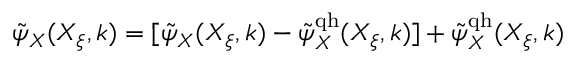
\tilde { \psi } _ { X } ( X _ { \xi } , k ) = [ \tilde { \psi } _ { X } ( X _ { \xi } , k ) - \tilde { \psi } _ { X } ^ { \mathrm { q h } } ( X _ { \xi } , k ) ] + \tilde { \psi } _ { X } ^ { \mathrm { q h } } ( X _ { \xi } , k )